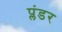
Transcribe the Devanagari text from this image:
प्लंडर